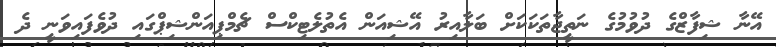
އޭނާ ޝިފާޒްގެ ދުވުމުގެ ނަތީޖާތަކަކަށް ބަލާއިރު އޭޝިއަން އެތުލެޓިކްސް ޗެމްޕިއަންޝިޕްގައި ދުވެފައިވަނީ ދެ